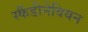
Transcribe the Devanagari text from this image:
स्कैंडीनेवियन